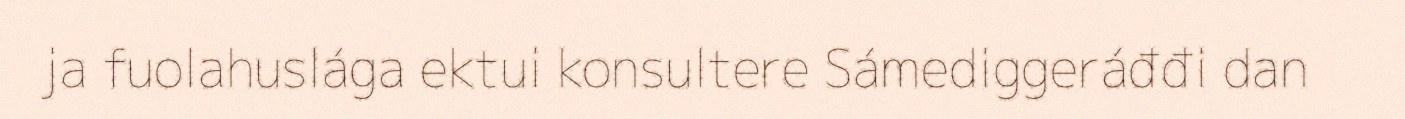
ja fuolahuslága ektui konsultere Sámediggeráđđi dan